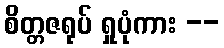
စိတ္တဇရုပ် ရှုပုံကား --